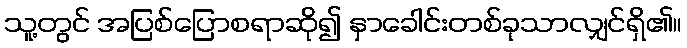
သူ့တွင် အပြစ်ပြောစရာဆို၍ နှာခေါင်းတစ်ခုသာလျှင်ရှိ၏။